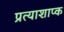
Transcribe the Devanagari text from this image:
प्रत्याशाप्क